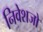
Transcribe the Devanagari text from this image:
निवेशजो